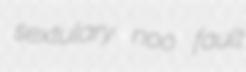
sextulary noo fault